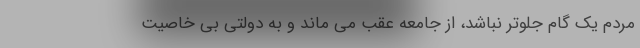
مردم یک گام جلوتر نباشد، از جامعه عقب می ماند و به دولتی بی خاصیت